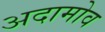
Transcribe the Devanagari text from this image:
अदामोव